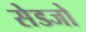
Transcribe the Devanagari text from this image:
सेडजो